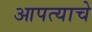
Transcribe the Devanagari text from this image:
आपत्याचे